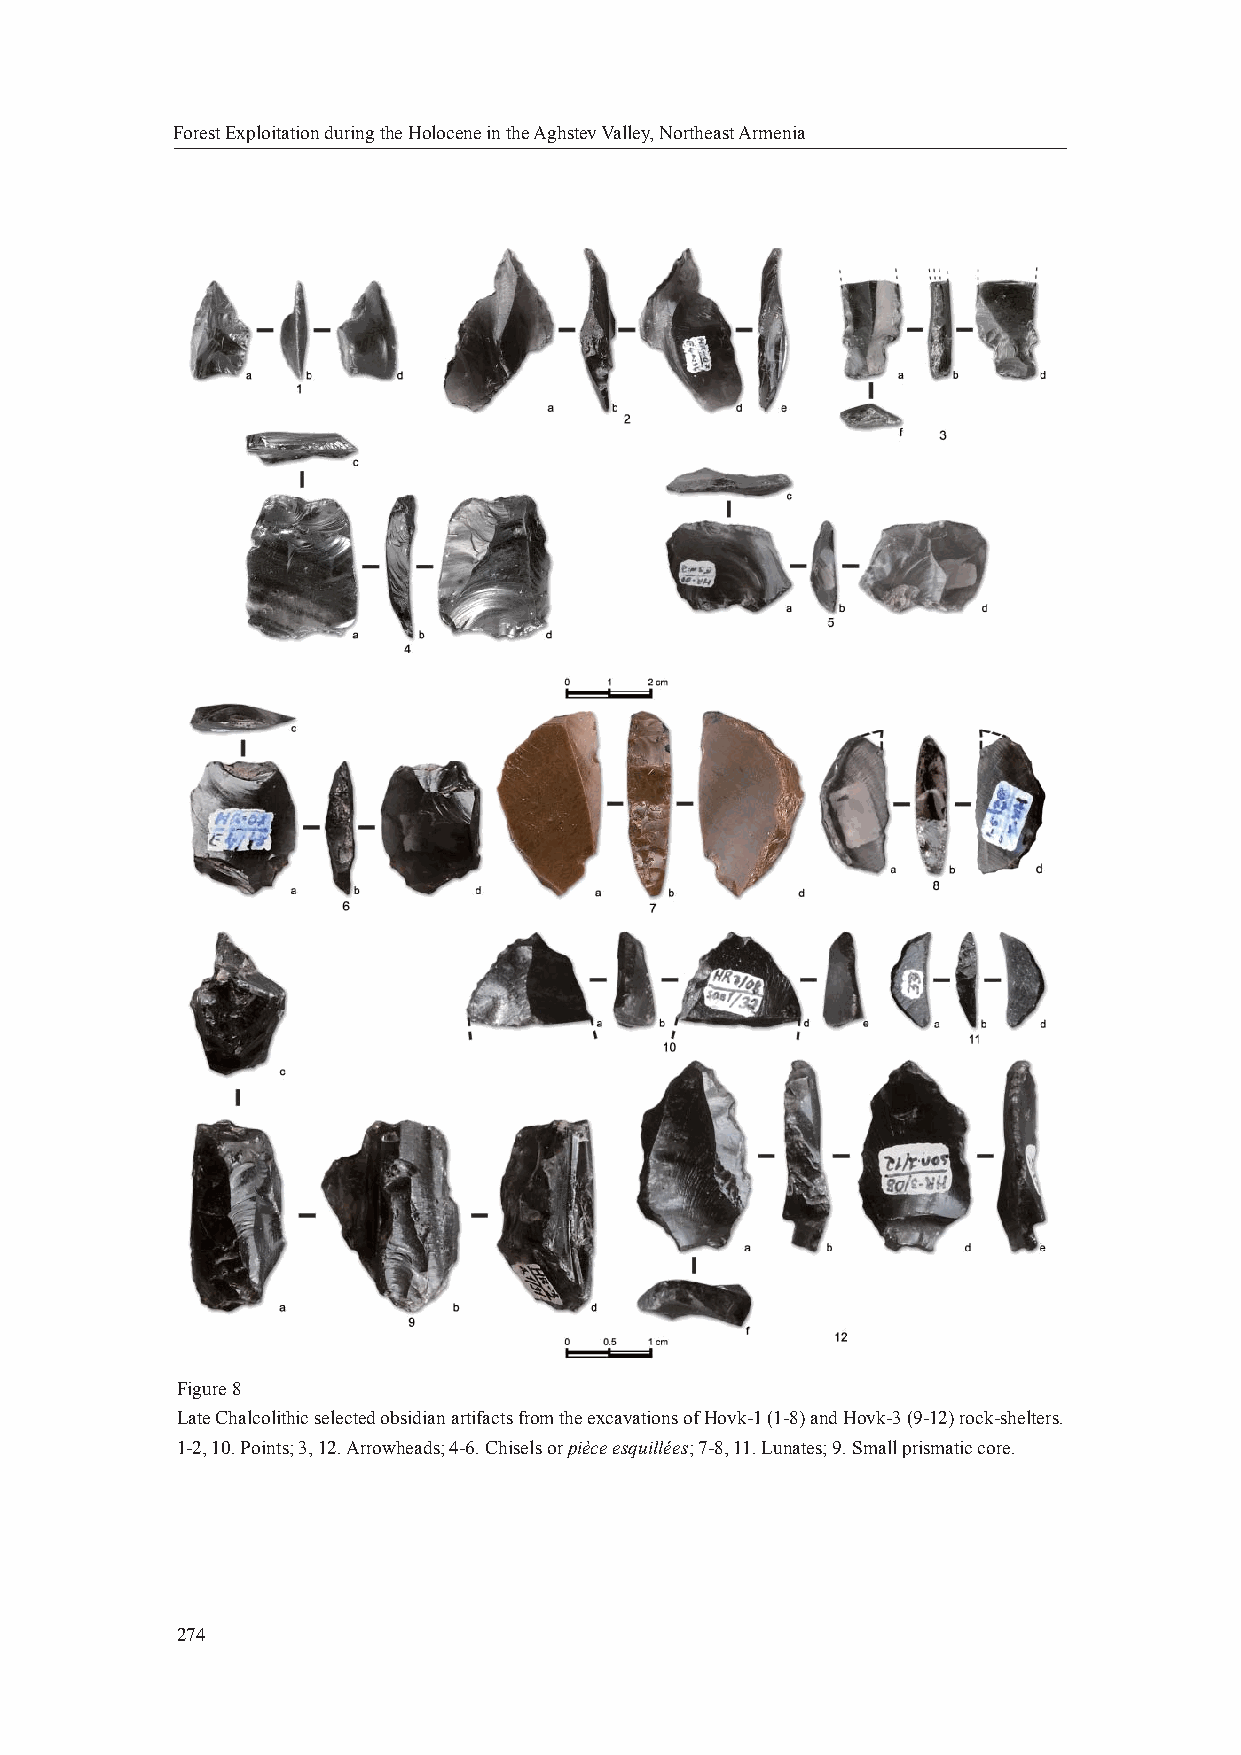
Forest Exploitation during the Holocene in the Aghstev Valley, Northeast Armenia
 Figure 8
 Late Chalcolithic selected obsidian artifacts from the excavations of Hovk-1 (1-8) and Hovk-3 (9-12) rock-shelters.
 1-2, 10. Points; 3, 12. Arrowheads; 4-6. Chisels or pièce esquillées; 7-8, 11. Lunates; 9. Small prismatic core.
 274